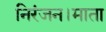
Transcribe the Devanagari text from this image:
निरंजन।माता